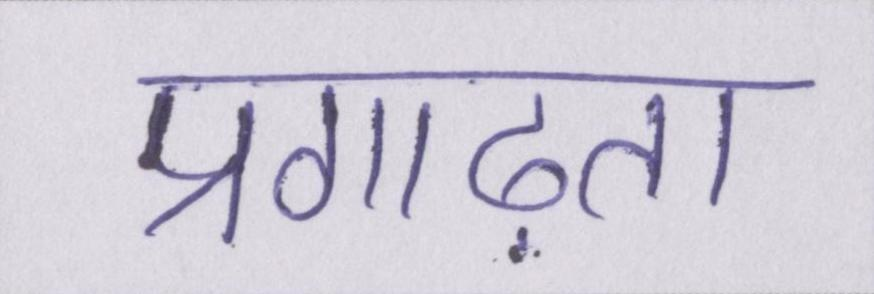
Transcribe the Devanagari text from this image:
प्रगाढ़ता